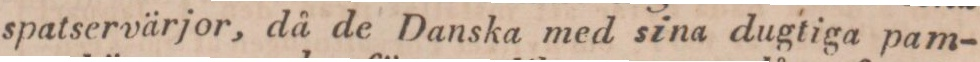
spatservärjor, då de Danska med sina dugtiga pam-